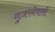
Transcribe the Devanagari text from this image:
गुज़रनेवाली